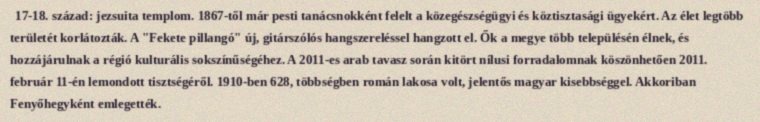
17-18. század: jezsuita templom. 1867-től már pesti tanácsnokként felelt a közegészségügyi és köztisztasági ügyekért. Az élet legtöbb területét korlátozták. A "Fekete pillangó" új, gitárszólós hangszereléssel hangzott el. Ők a megye több településén élnek, és hozzájárulnak a régió kulturális sokszínűségéhez. A 2011-es arab tavasz során kitört nílusi forradalomnak köszönhetően 2011. február 11-én lemondott tisztségéről. 1910-ben 628, többségben román lakosa volt, jelentős magyar kisebbséggel. Akkoriban Fenyőhegyként emlegették.